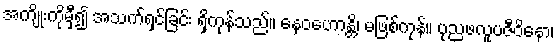
အကျိုးကိုမှီ၍ အသက်ရှင်ခြင်း ရှိကုန်သည်။ နေဝဟောန္တိ၊ မဖြစ်ကုန်။ ပုညဖလူပဇီဝိနော၊